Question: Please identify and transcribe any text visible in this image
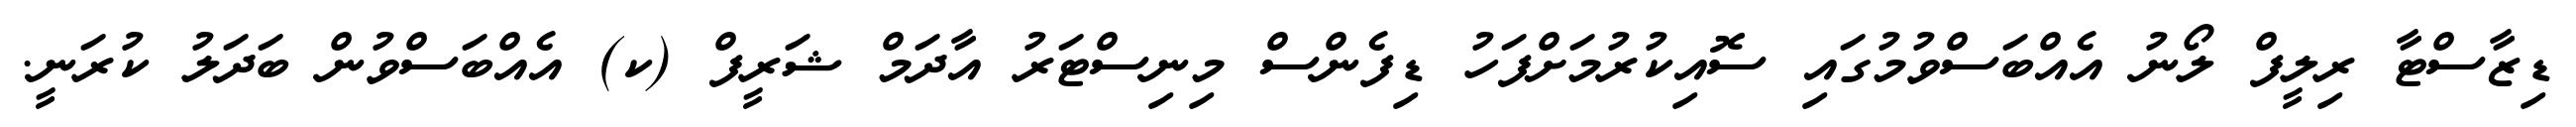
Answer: ޑިޒާސްޓާ ރިލީފް ލޯނު އެއްބަސްވުމުގައި ސޮއިކުރުމަށްފަހު ޑިފެންސް މިނިސްޓަރު އާދަމް ޝަރީފް (ކ) އެއްބަސްވުން ބަދަލު ކުރަނީ.